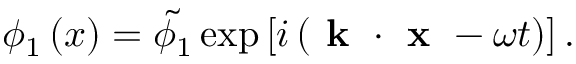
\phi _ { 1 } \left( x \right) = \tilde { \phi _ { 1 } } \exp \left[ i \left( \textbf { k } \boldsymbol { \cdot } \textbf { x } - \omega t \right) \right] .